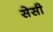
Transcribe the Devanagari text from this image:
सेसी